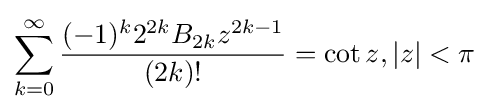
\sum _{k=0}^{\infty }{\frac {(-1)^{k}2^{2k}B_{2k}z^{2k-1}}{(2k)!}}=\cot z,|z|<\pi